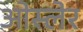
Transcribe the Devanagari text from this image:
ओस्लेर